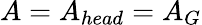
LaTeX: A=A_{head}=A_{G}